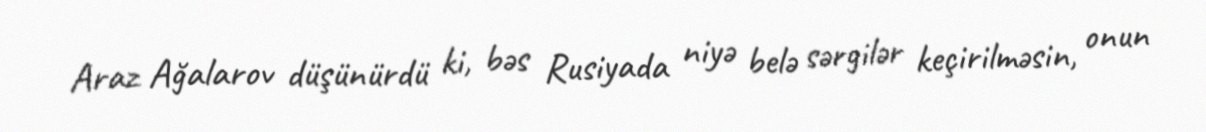
Araz Ağalarov düşünürdü ki, bəs Rusiyada niyə belə sərgilər keçirilməsin, onun